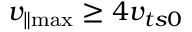
v _ { \parallel \operatorname* { m a x } } \geq 4 v _ { t s 0 }